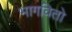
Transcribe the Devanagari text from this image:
भागवितो